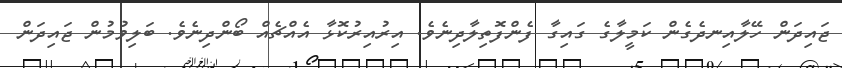
ޖައިދަން ހޭލާއިނދެގެން ކަމީލާގެ ގައިގާ ފެންފޮތިލާދިނެވެ. އިރުއިރުކޮޅާ އެއްޗެއް ބޯންދިނެވެ. ބަލިވުމުން ޖައިދަން